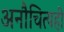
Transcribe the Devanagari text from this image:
अनौचित्यही